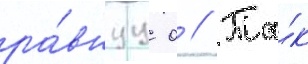
ра́внуу 0 // Та́к